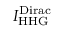
I _ { \mathrm { H H G } } ^ { \mathrm { D i r a c } }